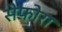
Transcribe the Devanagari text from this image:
सेफोरा